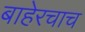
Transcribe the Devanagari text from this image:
बाहेरचाच